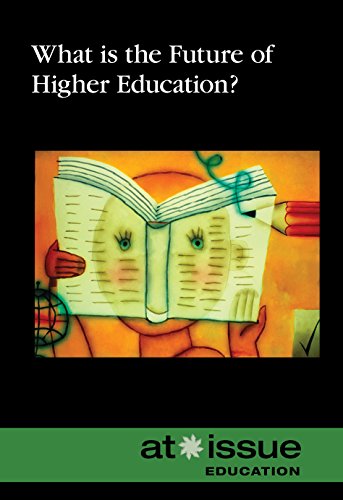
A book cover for What Is the Future of Higher Education? (At Issue); Roman Espejo; Teen & Young Adult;